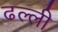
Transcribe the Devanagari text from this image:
ढल्ली